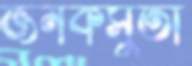
জনকসুতা